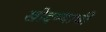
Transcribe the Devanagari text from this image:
खोदण्याची